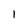
Character: I